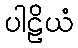
ပါဠိယံ